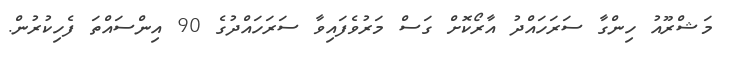
މަޝްރޫއު ހިންގާ ސަރަހައްދު އާރޯކޮށް ގަސް މަރުވެފައިވާ ސަރަހައްދުގެ 90 އިންސައްތަ ފެހިކުރުން.